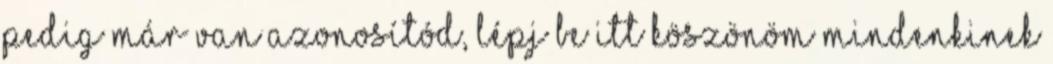
pedig már van azonosítód, lépj be itt Köszönöm mindenkinek